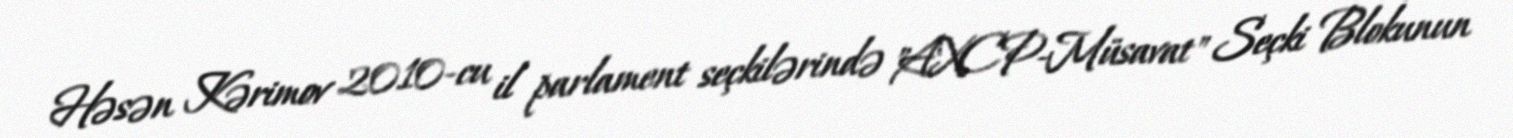
Həsən Kərimov 2010-cu il parlament seçkilərində "AXCP-Müsavat" Seçki Blokunun